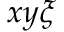
x y \xi